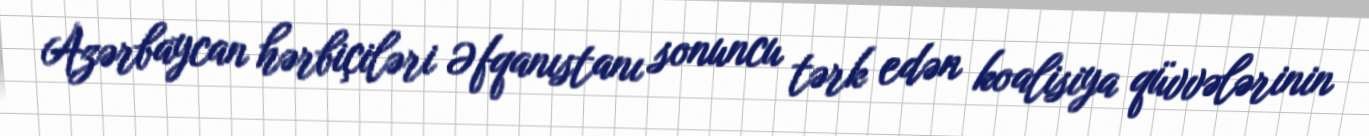
Azərbaycan hərbiçiləri Əfqanıstanı sonuncu tərk edən koalisiya qüvvələrinin